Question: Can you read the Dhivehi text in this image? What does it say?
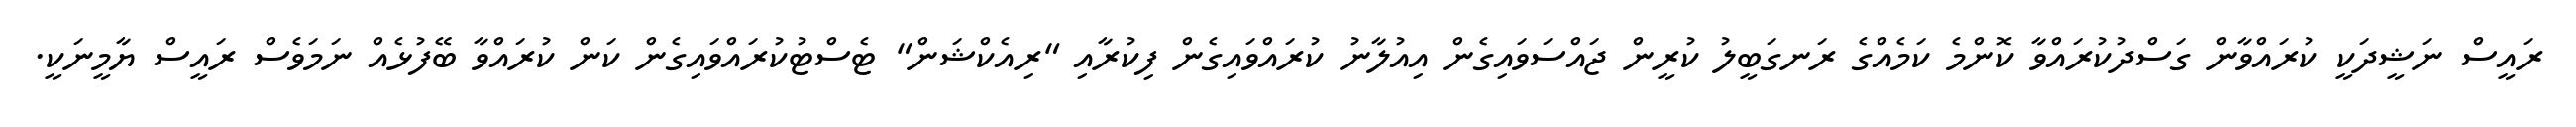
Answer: ރައީސް ނަޝީދަކީ ކުރައްވާން ގަސްދުކުރައްވާ ކޮންމެ ކަމެއްގެ ރަނގަބީލު ކުރީން ޖައްސަވައިގެން އިއުލާނު ކުރައްވައިގެން ފިކުރާއި "ރިއެކްޝަން" ޓެސްޓުކުރައްވައިގެން ކަން ކުރައްވާ ބޭފުޅެއް ނަމަވެސް ރައީސް ޔާމީނަކީ.